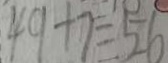
4 9 + 7 = 5 6